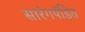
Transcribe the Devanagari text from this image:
सारंगपंडित